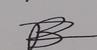
Signature authenticity: forged